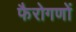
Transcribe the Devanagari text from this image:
फैरोगणों